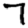
Digit: 7